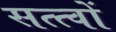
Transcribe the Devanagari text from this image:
सत्त्वों